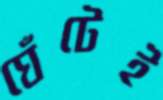
ঘেঁটেই